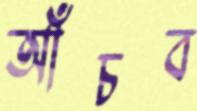
আঁচব